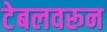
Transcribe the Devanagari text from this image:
टेबलवरून